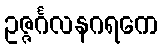
ဥဇ္ဇင်္ဂလနဂရကေ